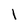
Character: I